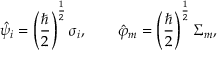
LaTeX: \hat { \psi } _ { i } = \left( \frac { \hbar } { 2 } \right) ^ { \frac { 1 } { 2 } } \sigma _ { i } , \quad \quad \hat { \varphi } _ { m } = \left( \frac { \hbar } { 2 } \right) ^ { \frac { 1 } { 2 } } \Sigma _ { m } ,